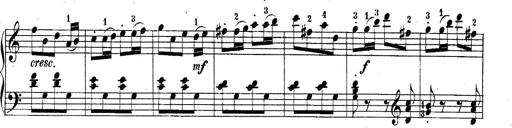
Title: 10 Sonatines progressives
Composer: Anton Schmoll